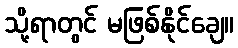
သို့ရာတွင် မဖြစ်နိုင်ချေ။